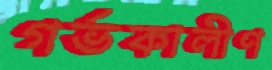
গর্ভকালীণ